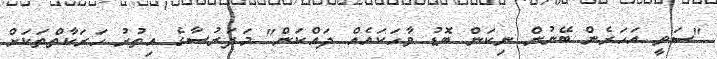
"ސަވީ އަހަރެން ބޭނުން ނިކަން ބޮޑު ވާހަކައެއް ދައްކަން" މަދަރުސާގެ އިތުރު ހަރަކާތްތަކަށް